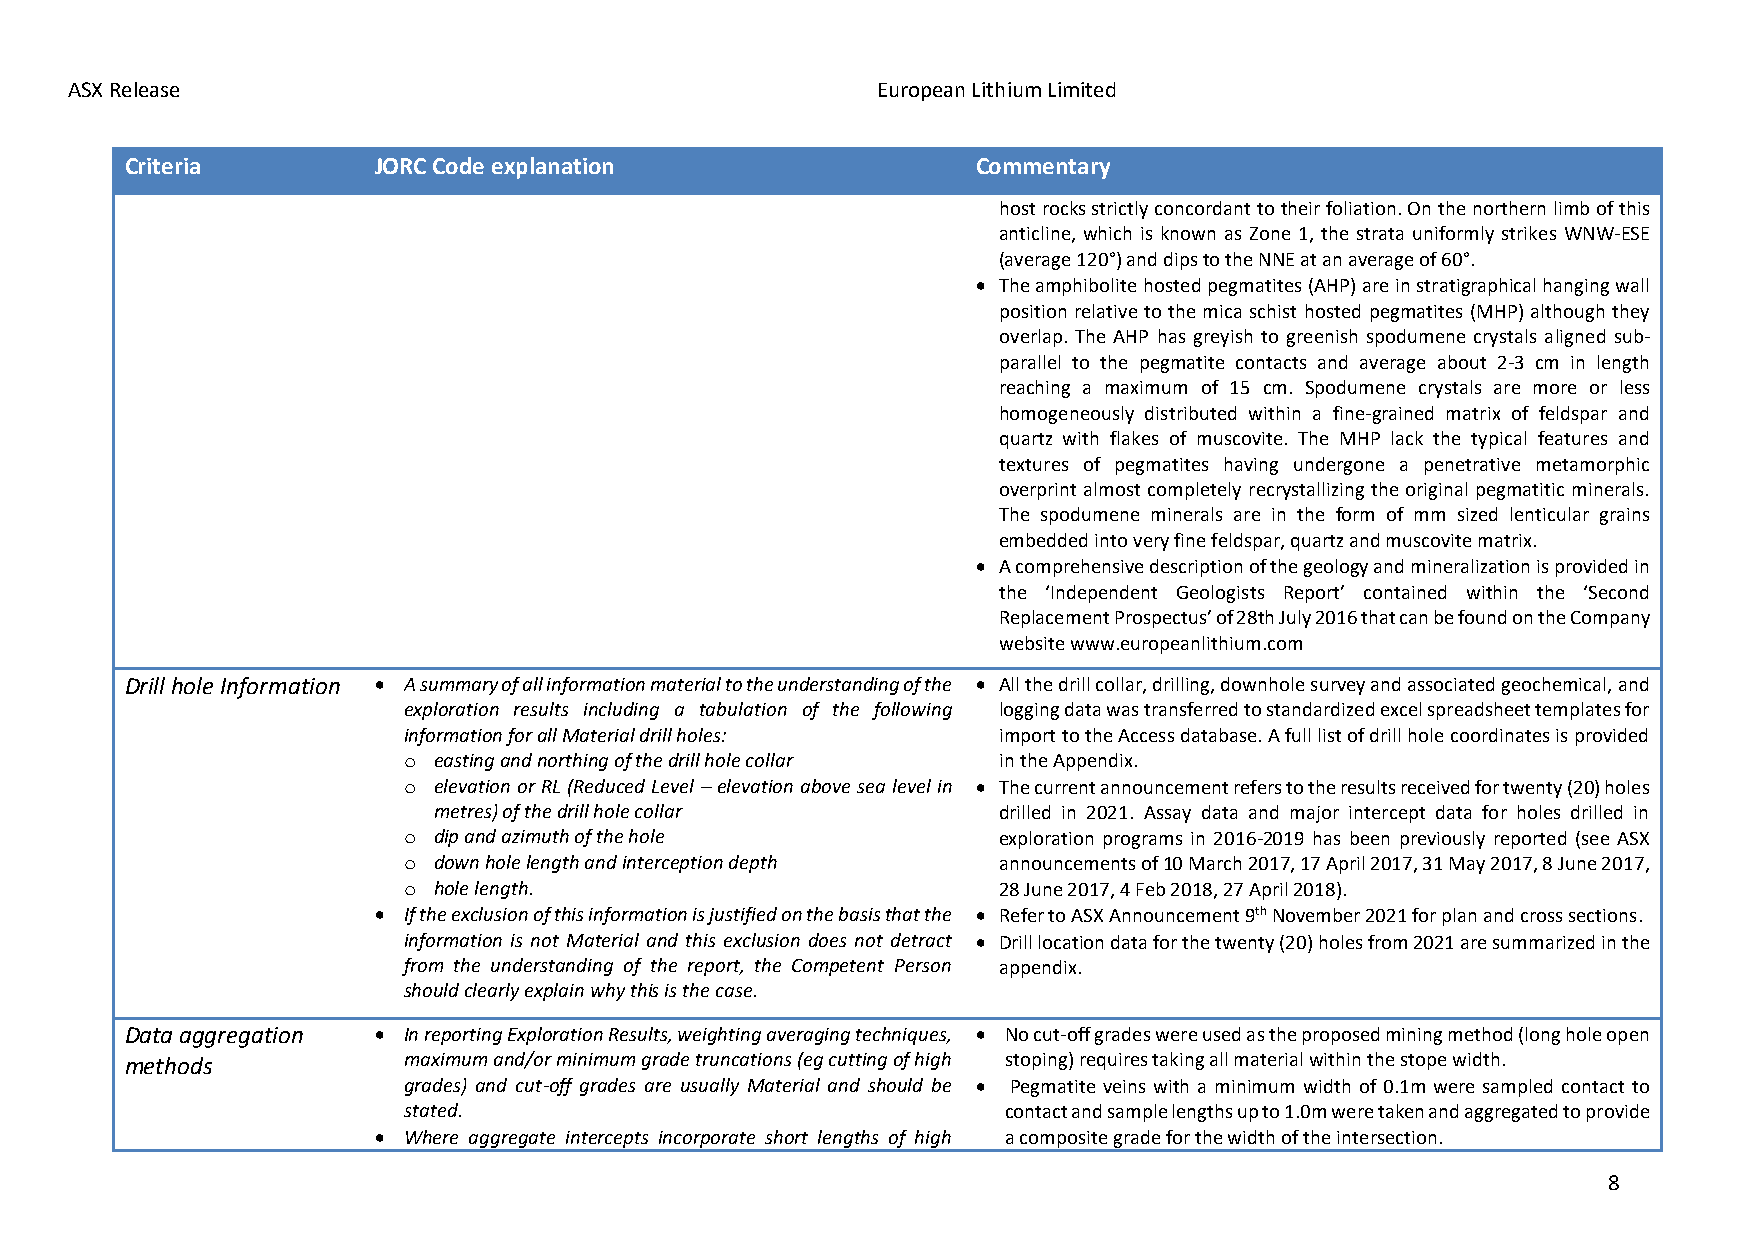
ASX Release                                           European Lithium Limited
 Criteria         JORC Code explanation                   Commentary
 host rocks strictly concordant to their foliation. On the northern limb of this
 anticline, which is known as Zone 1, the strata uniformly strikes WNW-ESE
 (average 120°) and dips to the NNE at an average of 60°.
 • The amphibolite hosted pegmatites (AHP) are in stratigraphical hanging wall
 position relative to the mica schist hosted pegmatites (MHP) although they
 overlap. The AHP has greyish to greenish spodumene crystals aligned sub-
 parallel to the pegmatite contacts and average about 2-3 cm in length
 reaching a maximum of 15 cm. Spodumene crystals are more or less
 homogeneously distributed within a fine-grained matrix of feldspar and
 quartz with flakes of muscovite. The MHP lack the typical features and
 textures of pegmatites having undergone a penetrative metamorphic
 overprint almost completely recrystallizing the original pegmatitic minerals.
 The spodumene minerals are in the form of mm sized lenticular grains
 embedded into very fine feldspar, quartz and muscovite matrix.
 • A comprehensive description of the geology and mineralization is provided in
 the ‘Independent Geologists Report’ contained within the ‘Second
 Replacement Prospectus’ of 28th July 2016 that can be found on the Company
 website www.europeanlithium.com
 Drill hole Information • A summary of all information material to the understanding of the • All the drill collar, drilling, downhole survey and associated geochemical, and
 exploration results including a tabulation of the following logging data was transferred to standardized excel spreadsheet templates for
 information for all Material drill holes: import to the Access database. A full list of drill hole coordinates is provided
 o easting and northing of the drill hole collar in the Appendix.
 o elevation or RL (Reduced Level – elevation above sea level in • The current announcement refers to the results received for twenty (20) holes
 metres) of the drill hole collar     drilled in 2021. Assay data and major intercept data for holes drilled in
 o dip and azimuth of the hole          exploration programs in 2016-2019 has been previously reported (see ASX
 o down hole length and interception depth announcements of 10 March 2017, 17 April 2017, 31 May 2017, 8 June 2017,
 o hole length.                         28 June 2017, 4 Feb 2018, 27 April 2018).
 • If the exclusion of this information is justified on the basis that the • Refer to ASX Announcement 9th November 2021 for plan and cross sections.
 information is not Material and this exclusion does not detract • Drill location data for the twenty (20) holes from 2021 are summarized in the
 from the understanding of the report, the Competent Person appendix.
 should clearly explain why this is the case.
 Data aggregation • In reporting Exploration Results, weighting averaging techniques, • No cut-off grades were used as the proposed mining method (long hole open
 methods            maximum and/or minimum grade truncations (eg cutting of high stoping) requires taking all material within the stope width.
 grades) and cut-off grades are usually Material and should be • Pegmatite veins with a minimum width of 0.1m were sampled contact to
 stated.                                 contact and sample lengths up to 1.0m were taken and aggregated to provide
 • Where aggregate intercepts incorporate short lengths of high a composite grade for the width of the intersection.
 8